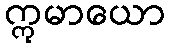
ဣမာယော